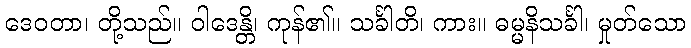
ဒေဝတာ၊ တို့သည်။ ဝါဒေန္တိ၊ ကုန်၏။ သင်္ခါတိ၊ ကား။ ဓမ္မနိသင်္ခါ၊ မှုတ်သော